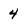
Character: 4